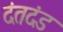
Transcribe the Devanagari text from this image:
दंतदंड